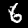
Label: 6